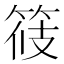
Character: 𥭸